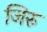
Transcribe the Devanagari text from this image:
जिरु